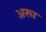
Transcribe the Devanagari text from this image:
अरूा